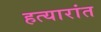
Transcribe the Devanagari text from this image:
हत्यारांत